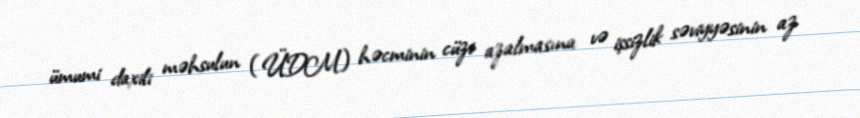
ümumi daxili məhsulun (ÜDM) həcminin cüzi azalmasına və işsizlik səviyyəsinin az